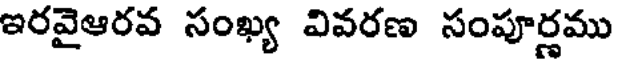
ఇరవైఆరవ సంఖ్య వివరణ సంపూర్ణము